Document type: Grant of rights
Year: 1280
Scribe: Pere Marc
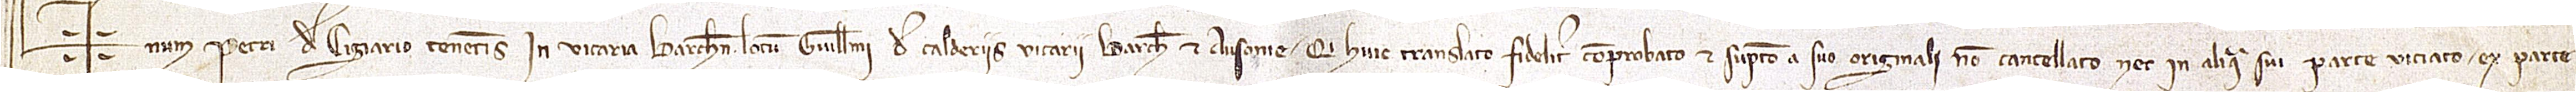
Sig+num Petri de Cigiario, tenentis in vicaria Barchinone locum Guillelmi de Calderiis, vicarii Barchinone et Ausone, qui huic translato fideliter comprobato et sumpto a suo originali, non cancellato nec in aliqua sui parte viciato, ex parte